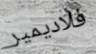
فلاديمير